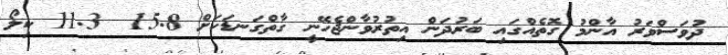
ދުވަސްވަރު އާންމު ގޮތެއްގައި ބަރުދަން އިތުރުވާންޖެހޭނީ ގާތްގަނޑަކަށް 15.8  11.3 ކިލޯ